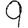
Digit: 9